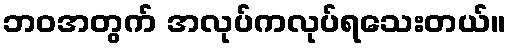
ဘဝအတွက် အလုပ်ကလုပ်ရသေးတယ်။